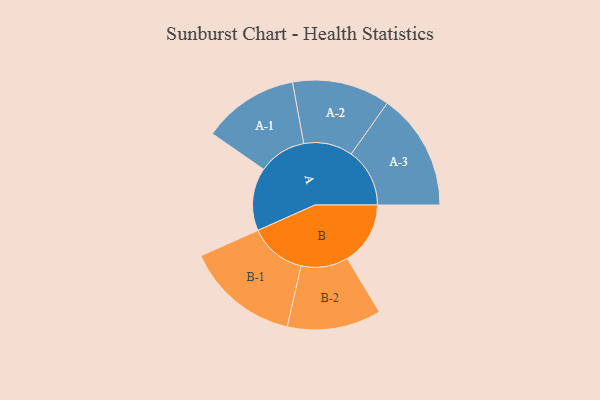
{"axis": {"x": "Segment", "y": "Value"}, "legend": ["", "A", "B"], "data": [{"x": "A", "y": 316, "type": ""}, {"x": "B", "y": 317, "type": ""}, {"x": "A-1", "y": 241, "type": "A"}, {"x": "A-2", "y": 246, "type": "A"}, {"x": "A-3", "y": 294, "type": "A"}, {"x": "B-1", "y": 286, "type": "B"}, {"x": "B-2", "y": 236, "type": "B"}]}